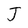
Character: J